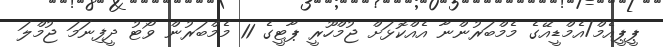
ޕީޕީއެމް/އެމްޑީއޭގެ މެމްބަރުންނާ އެއްކޮޅަށް ޖުމްހޫރީ ޕާޓީގެ 11 މެމްބަރުން ވޯޓު ދީފިނަމަ ޖުމްލަ